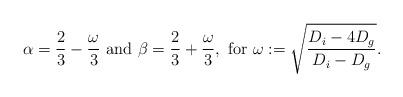
LaTeX: \begin{align*}\alpha=\frac23 - \frac\omega3 \hbox{ and }\beta=\frac23 + \frac\omega3, \hbox{ for } \omega :=\sqrt{\frac{D_i-4D_g}{D_i-D_g}}.\end{align*}